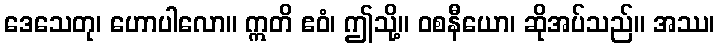
ဒေသေတု၊ ဟောပါလော။ ဣတိ ဧဝံ၊ ဤသို့။ ဝစနီယော၊ ဆိုအပ်သည်။ အဿ၊